Indian journal of veterinary science and animal husbandry - Volume 10,
Year: 1940
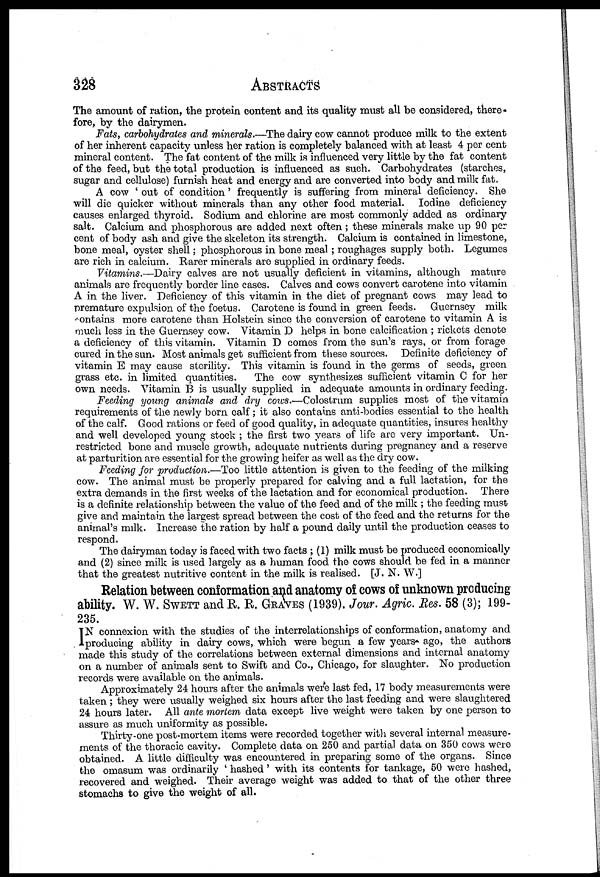
328
ABSTRACTS
The amount of ration, the protein content and its quality must all be considered, there-
fore, by the dairymen.
Fats, carbohydrates and minerals.—The dairy cow cannot produce milk to the extent
of her inherent capacity unless her ration is completely balanced with at least 4 per cent
mineral content. The fat content of the milk is influenced very little by the fat content
of the feed, but the total production is influenced as such. Carbohydrates (starches,
sugar and cellulose) furnish heat and energy and are converted into body and milk fat.
A cow ' out of condition' frequently is suffering from mineral deficiency. She
will die quicker without minerals than any other food material. Iodine deficiency
causes enlarged thyroid. Sodium and chlorine are most commonly added as ordinary
salt. Calcium and phosphorous are added next often; these minerals make up 90 per
cent of body ash and give the skeleton its strength. Calcium is contained in limestone,
bone meal, oyster shell; phosphorous in bone meal ; roughages supply both. Legumes
are rich in calcium. Rarer minerals are supplied in ordinary feeds.
Vitamins.—Dairy calves are not usually deficient in vitamins, although mature
animals are frequently border line cases. Calves and cows convert carotene into vitamin
A in the liver. Deficiency of this vitamin in the diet of pregnant cows may lead to
premature expulsion of the foetus. Carotene is found in green feeds. Guernsey milk
contains more carotene than Holstein since the conversion of carotene to vitamin A is
much less in the Guernsey cow. Vitamin D helps in bone calcification ; rickets denote
a deficiency of this vitamin. Vitamin D comes from the sun's rays, or from forage
cured in the sun. Most animals get sufficient from these sources. Definite deficiency of
vitamin E may cause sterility. This vitamin is found in the germs of seeds, green
grass etc. in limited quantities.
The cow synthesizes sufficient vitamin C for her
own needs. Vitamin B is usually supplied in adequate amounts in ordinary feeding.
Feeding young animals and dry cows.—Colostrum supplies most of the vitamin
requirements of the newly born calf; it also contains anti-bodies essential to the health
of the calf. Good rations or feed of good quality, in adequate quantities, insures healthy
and well developed young stock ; the first two years of life are very important. Un-
restricted bone and muscle growth, adequate nutrients during pregnancy and a reserve
at parturition are essential for the growing heifer as well as the dry cow.
Feeding for production.—Too little attention is given to the feeding of the milking
cow. The animal must be properly prepared for calving and a full lactation, for the
extra demands in the first weeks of the lactation and for economical production. There
is a definite relationship between the value of the feed and of the milk ; the feeding must
give and maintain the largest spread between the cost of the feed and the returns for the
animal's milk. Increase the ration by half a pound daily until the production ceases to
respond.
The dairyman today is faced with two facts ; (1) milk must be produced economically
and (2) since milk is used largely as a human food the cows should be fed in a manner
that the greatest nutritive content in the milk is realised. [J. N. W.]
Relation between conformation and anatomy of cows of unknown producing
ability. W. W. SWETT and R. R GRAVES (1939). Jour. Agric. Res. 58 (3); 199-
235.
I N connexion with the studies of the interrelationships of conformation, anatomy and
producing ability in dairy cows, which were begun a few years ago, the authors
made this study of the correlations between external dimensions and internal anatomy
on a number of animals sent to Swift and Co., Chicago, for slaughter. No production
records were available on the animals.
Approximately 24 hours after the animals were last fed, 17 body measurements were
taken; they were usually weighed six hours after the last feeding and were slaughtered
24 hours later. All ante mortem data except live weight were taken by one person to
assure as much uniformity as possible.
Thirty-one post-mortem items were recorded together with several internal measure-
ments of the thoracic cavity. Complete data on 250 and partial data on 350 cows were
obtained. A little difficulty was encountered in preparing some of the organs. Since
the omasum was ordinarily ' hashed' with its contents for tankage, 50 were hashed,
recovered and weighed. Their average weight was added to that of the other three
stomachs to give the weight of all.